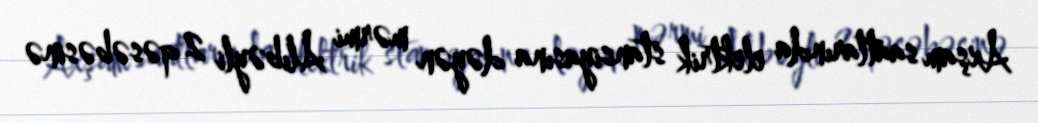
Axşam saatlarında elektrik stansiyasına dəyən mərmi Alıbəyli 2 qəsəbəsinə